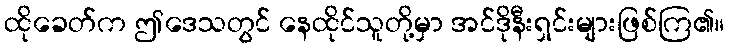
ထိုခေတ်က ဤဒေသတွင် နေထိုင်သူတို့မှာ အင်ဒိုနီးရှင်းများဖြစ်ကြ၏။